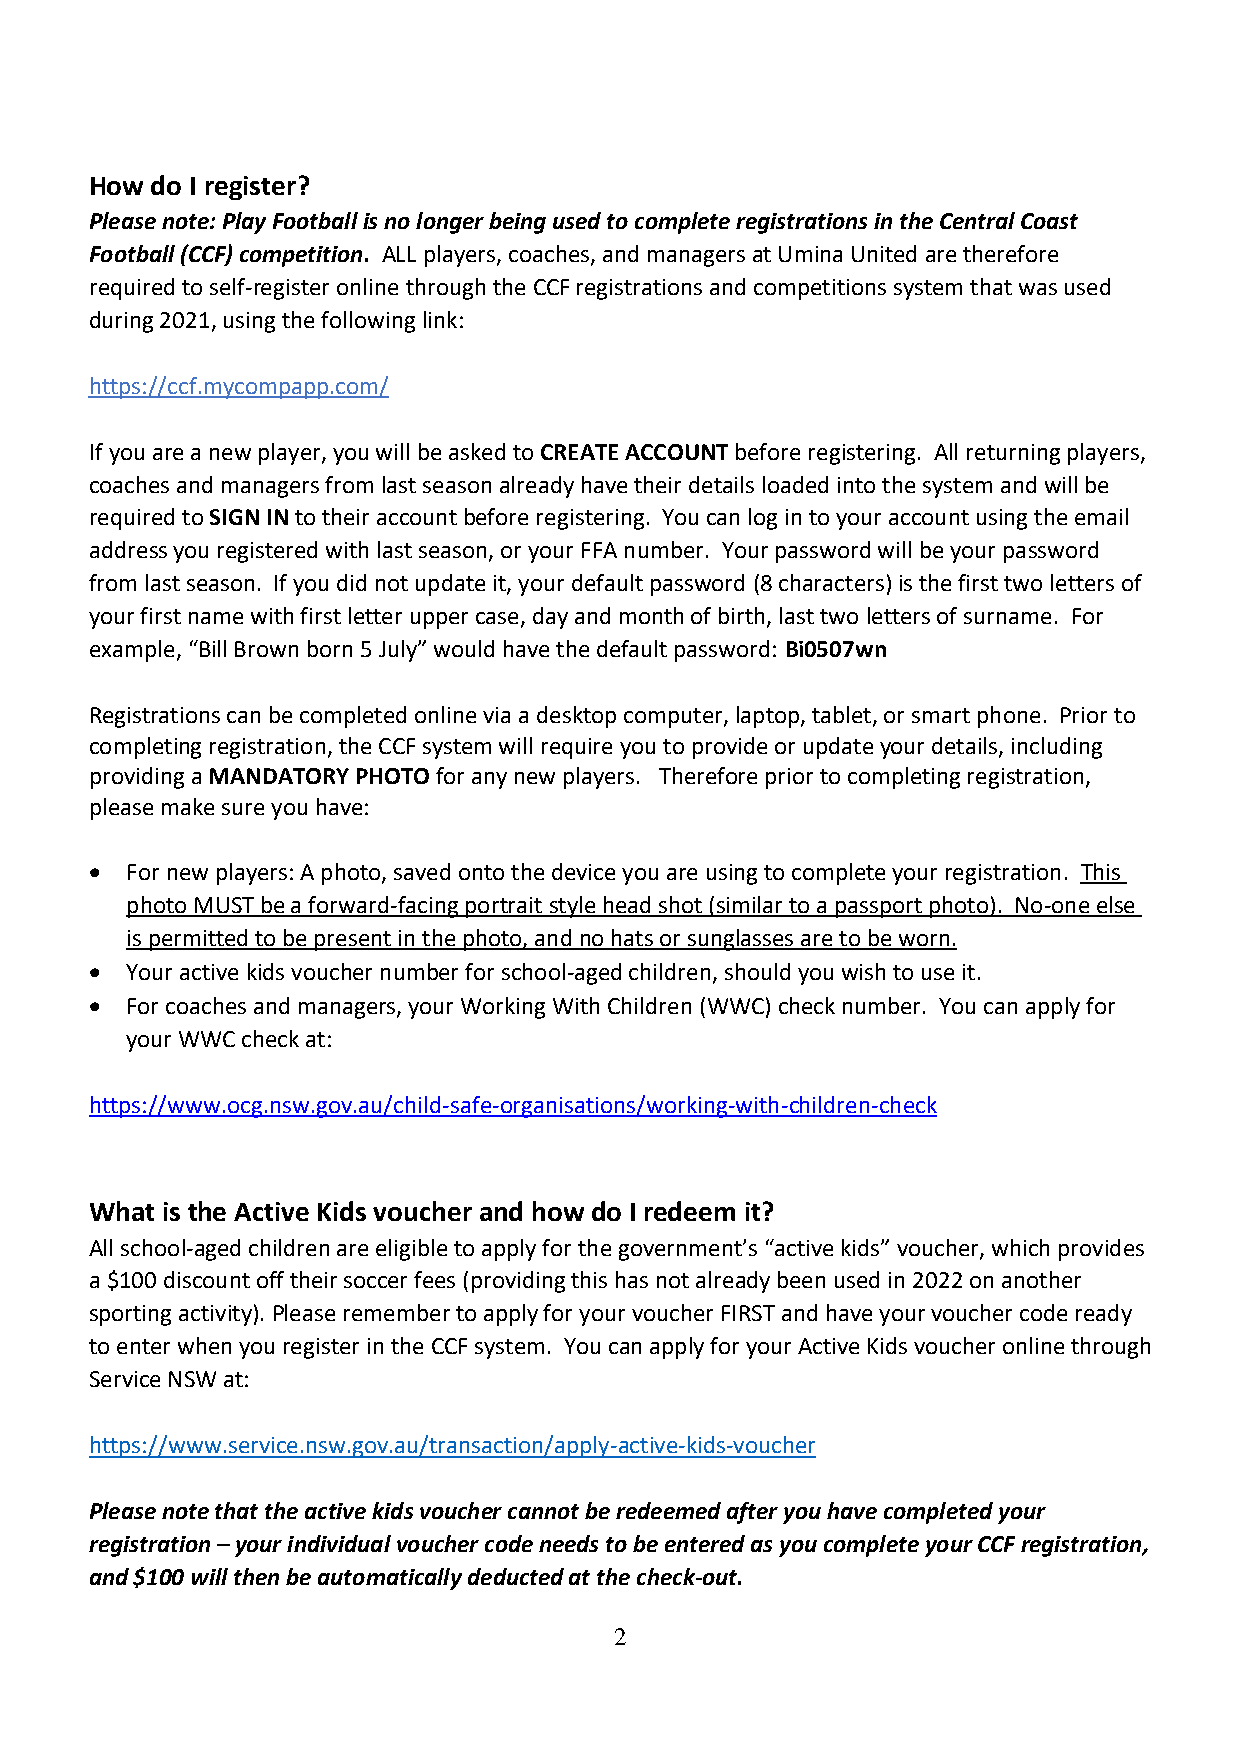
How do I register?
 Please note: Play Football is no longer being used to complete registrations in the Central Coast
 Football (CCF) competition. ALL players, coaches, and managers at Umina United are therefore
 required to self-register online through the CCF registrations and competitions system that was used
 during 2021, using the following link:
 https://ccf.mycompapp.com/
 If you are a new player, you will be asked to CREATE ACCOUNT before registering. All returning players,
 coaches and managers from last season already have their details loaded into the system and will be
 required to SIGN IN to their account before registering. You can log in to your account using the email
 address you registered with last season, or your FFA number. Your password will be your password
 from last season. If you did not update it, your default password (8 characters) is the first two letters of
 your first name with first letter upper case, day and month of birth, last two letters of surname. For
 example, “Bill Brown born 5 July” would have the default password: Bi0507wn
 Registrations can be completed online via a desktop computer, laptop, tablet, or smart phone. Prior to
 completing registration, the CCF system will require you to provide or update your details, including
 providing a MANDATORY PHOTO for any new players. Therefore prior to completing registration,
 please make sure you have:
 • For new players: A photo, saved onto the device you are using to complete your registration. This
 photo MUST be a forward-facing portrait style head shot (similar to a passport photo). No-one else
 is permitted to be present in the photo, and no hats or sunglasses are to be worn.
 • Your active kids voucher number for school-aged children, should you wish to use it.
 • For coaches and managers, your Working With Children (WWC) check number. You can apply for
 your WWC check at:
 https://www.ocg.nsw.gov.au/child-safe-organisations/working-with-children-check
 What is the Active Kids voucher and how do I redeem it?
 All school-aged children are eligible to apply for the government’s “active kids” voucher, which provides
 a $100 discount off their soccer fees (providing this has not already been used in 2022 on another
 sporting activity). Please remember to apply for your voucher FIRST and have your voucher code ready
 to enter when you register in the CCF system. You can apply for your Active Kids voucher online through
 Service NSW at:
 https://www.service.nsw.gov.au/transaction/apply-active-kids-voucher
 Please note that the active kids voucher cannot be redeemed after you have completed your
 registration – your individual voucher code needs to be entered as you complete your CCF registration,
 and $100 will then be automatically deducted at the check-out.
 2